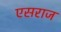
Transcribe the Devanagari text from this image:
एसराज